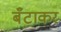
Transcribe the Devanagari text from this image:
बँटाकर